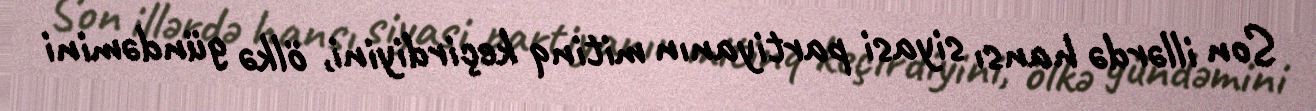
Son illərdə hansı siyasi partiyanın mitinq keçirdiyini, ölkə gündəmini